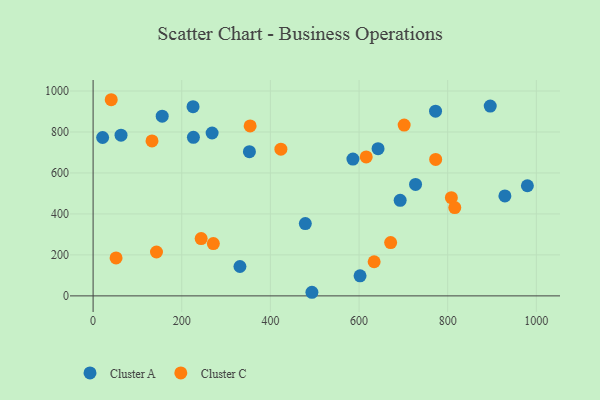
{"axis": {"x": "Investment", "y": "Sales"}, "legend": ["Cluster A", "Cluster C"], "data": [{"x": "226.3", "y": 774.0, "type": "Cluster A"}, {"x": "772.6", "y": 901.3, "type": "Cluster A"}, {"x": "692.8", "y": 466.4, "type": "Cluster A"}, {"x": "493.7", "y": 17.6, "type": "Cluster A"}, {"x": "979.8", "y": 537.5, "type": "Cluster A"}, {"x": "352.7", "y": 703.8, "type": "Cluster A"}, {"x": "268.5", "y": 795.1, "type": "Cluster A"}, {"x": "896.0", "y": 926.3, "type": "Cluster A"}, {"x": "225.5", "y": 923.6, "type": "Cluster A"}, {"x": "478.8", "y": 352.8, "type": "Cluster A"}, {"x": "929.1", "y": 487.9, "type": "Cluster A"}, {"x": "642.9", "y": 718.4, "type": "Cluster A"}, {"x": "602.3", "y": 97.8, "type": "Cluster A"}, {"x": "155.9", "y": 877.3, "type": "Cluster A"}, {"x": "63.0", "y": 784.6, "type": "Cluster A"}, {"x": "331.3", "y": 143.5, "type": "Cluster A"}, {"x": "21.5", "y": 773.1, "type": "Cluster A"}, {"x": "586.2", "y": 667.7, "type": "Cluster A"}, {"x": "727.5", "y": 544.2, "type": "Cluster A"}, {"x": "772.9", "y": 665.9, "type": "Cluster C"}, {"x": "354.3", "y": 829.5, "type": "Cluster C"}, {"x": "701.8", "y": 833.5, "type": "Cluster C"}, {"x": "243.8", "y": 279.9, "type": "Cluster C"}, {"x": "808.3", "y": 479.1, "type": "Cluster C"}, {"x": "616.2", "y": 678.1, "type": "Cluster C"}, {"x": "143.0", "y": 214.1, "type": "Cluster C"}, {"x": "132.9", "y": 756.2, "type": "Cluster C"}, {"x": "634.1", "y": 166.5, "type": "Cluster C"}, {"x": "271.3", "y": 255.2, "type": "Cluster C"}, {"x": "671.3", "y": 260.0, "type": "Cluster C"}, {"x": "423.7", "y": 716.0, "type": "Cluster C"}, {"x": "51.8", "y": 185.2, "type": "Cluster C"}, {"x": "40.9", "y": 957.4, "type": "Cluster C"}, {"x": "816.0", "y": 431.0, "type": "Cluster C"}]}